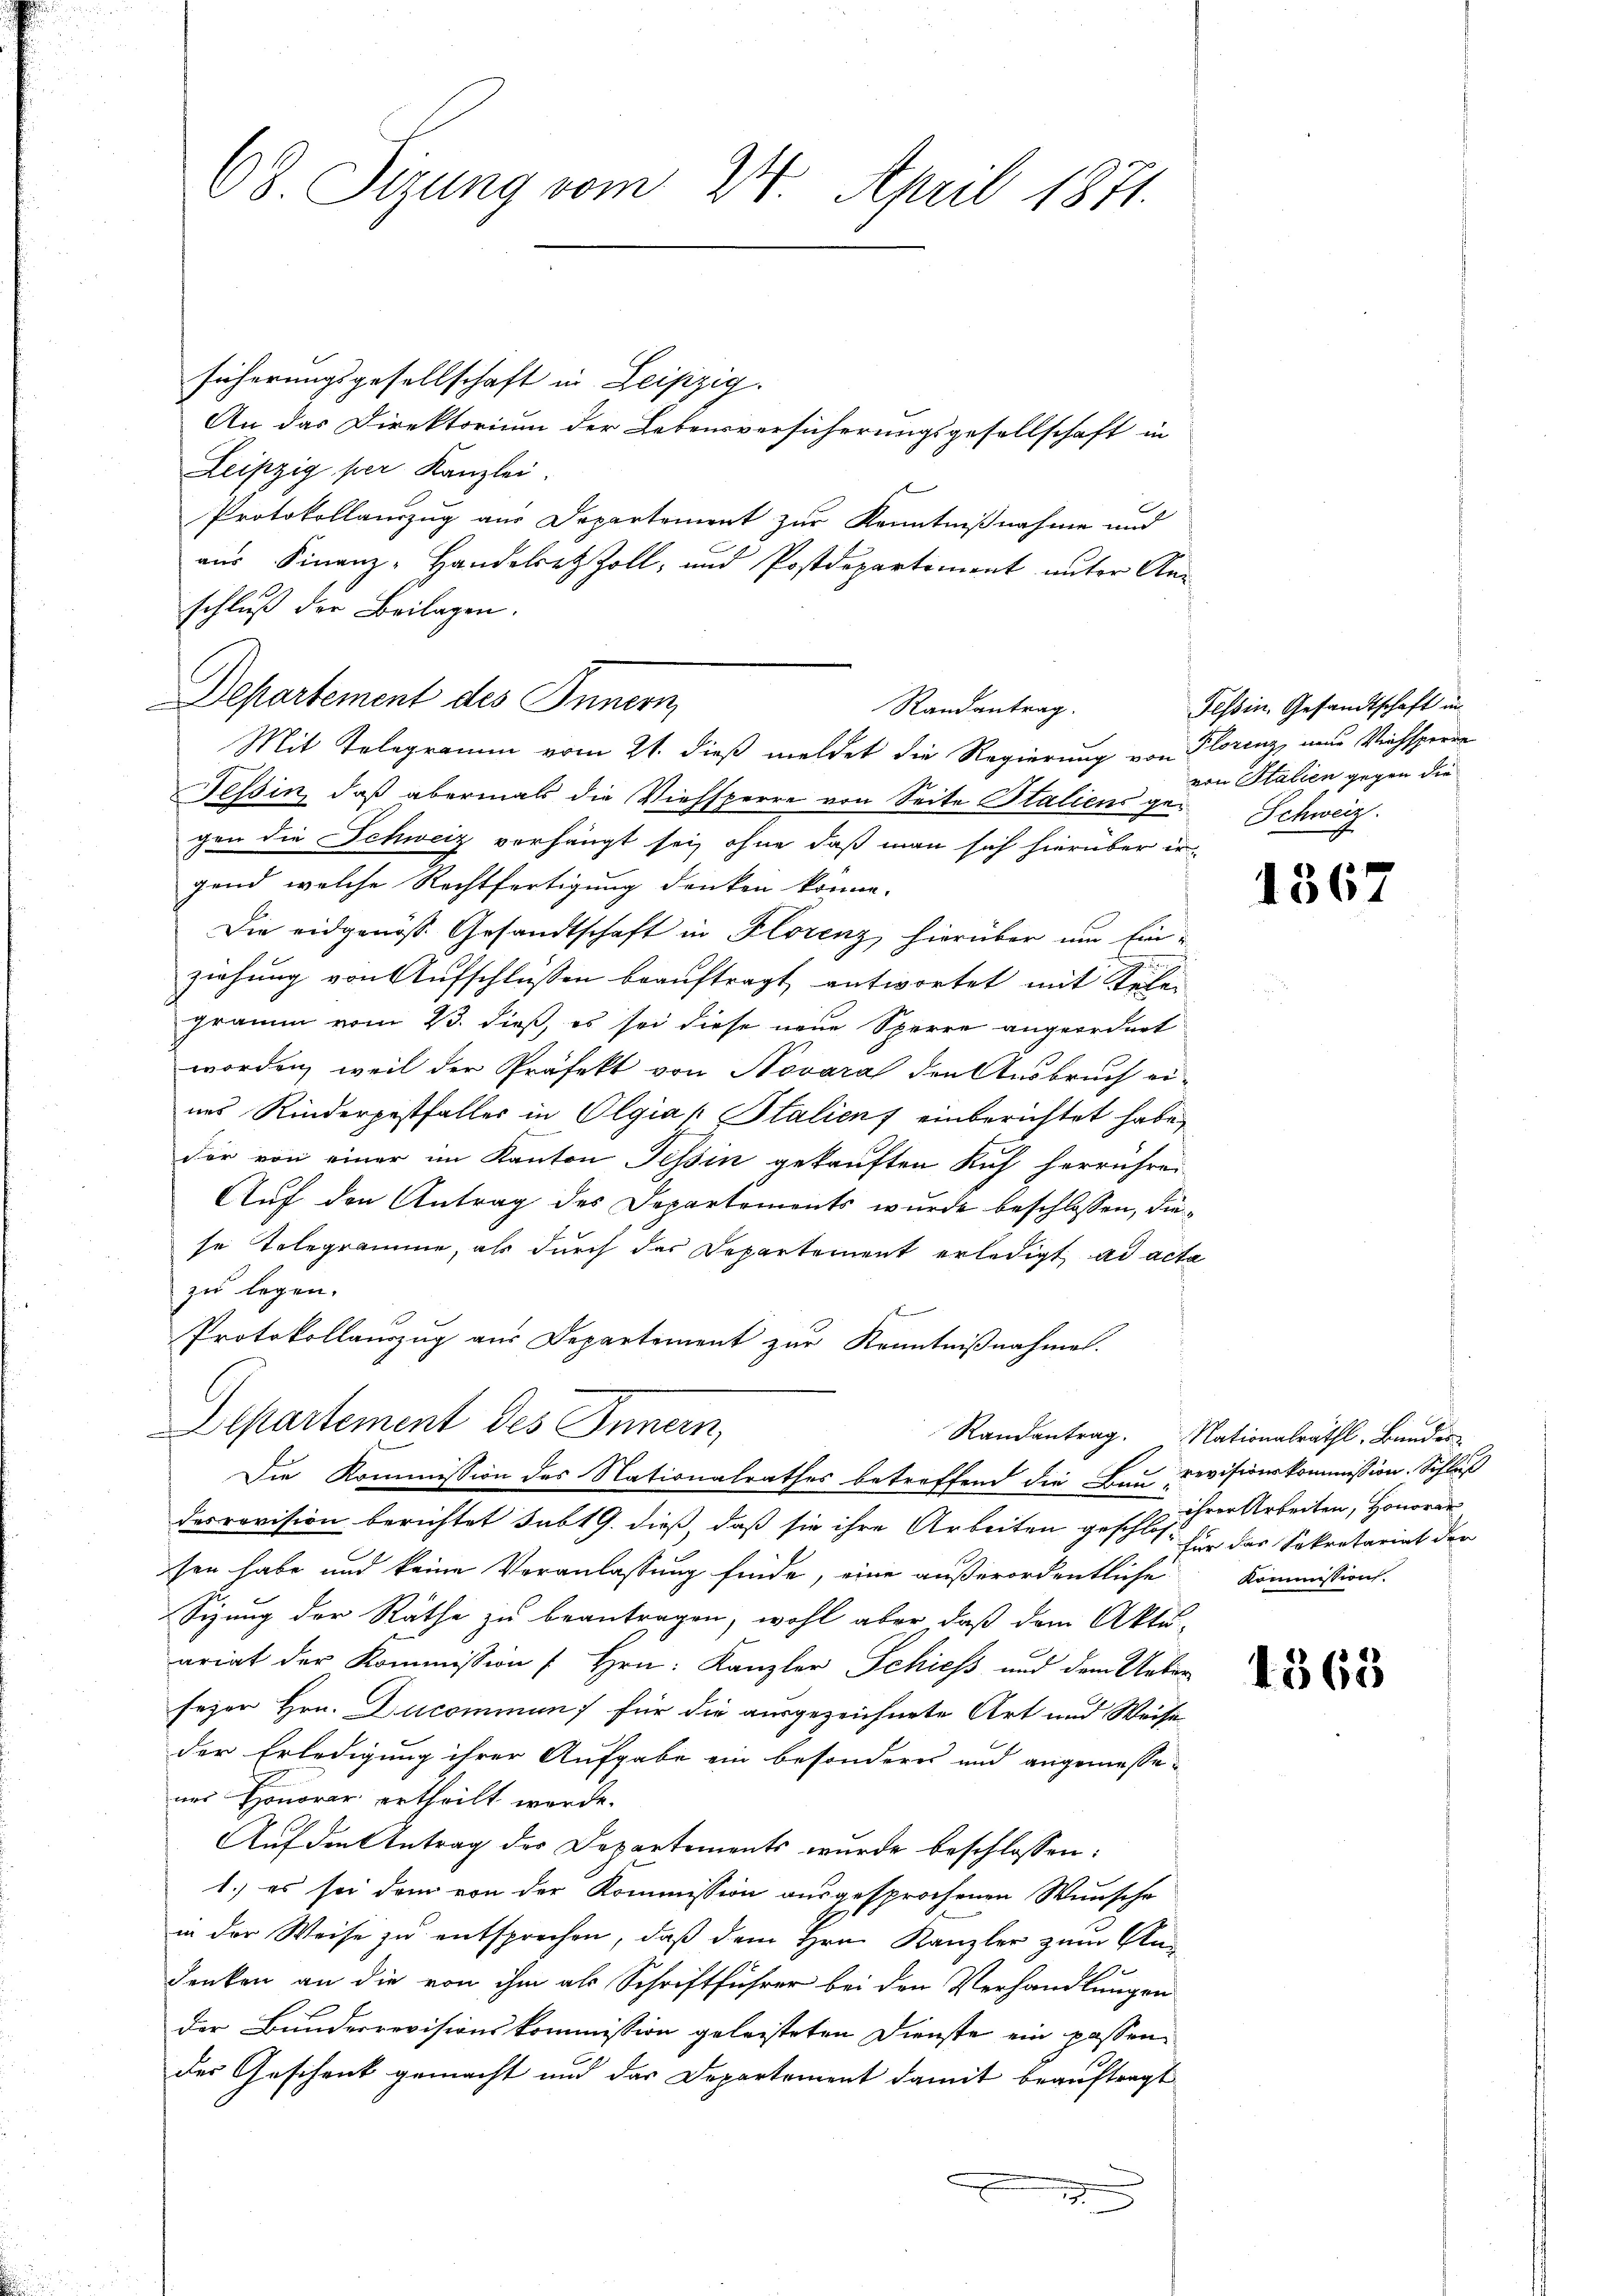
68 Sizung vom 24. April 1871.

sicherungsgesellschaft in Leipzig.
An das Direktorium der Lebensversicherungsgesellschaft in
Leipzig per Kanzlei.
Protokollauszug aus Departement zur Kenntnißnahme und
aus Finanz-Handelretzzoll, und Postdepartement unter An-
schluß der Beilagen.
Mit Telegramm vom 21. dieß meldet die Regierung von Florenz, neue Viehsperre
Tessin, daß abermals die Viehsperre von Seite Staliens ge- Schweiz.
gen die Schweiz verhängt sei, ohne daß man sich hierüber er-
gend welche Rechtfertigung denken könne.
Die eidgenöss Gesandtschaft in Florenz, hierüber um Einziehung von Aufschlüssen beauftragt antwortet mit e
gramm vom 23. dieß, es sei diese neue Sperre angeordnet
worden, weil der Präfekt von Novara den Ausbruch ei-
nes Rinderpestfaller in Olgias Italienf einberichtet habe,
dir von einer im Kanton Tessin gekauften Kuh herrühre.
Auf den Antrag des Departemonts wurde beschlossen, diese Telegramme, als durch das Departement erledigt ad acta
zu legen.
A
Protokollauszug aus Departement zur Kenntnißnahme.
Departement des Innern,
Die Kommission des Nationalrathes betreffend die Bau revisionskommission. Schluß
desrevision berichtet subt G. dieß, daß sie ihre Arbeiten geschloss für das Sekretariat der
sen habe und keine Veranlassung finde, eine außerordentliche
Sizung der Räthe zu beantragen, wohl aber, daß dem Aktu-
ariat der Kommission f Hrn. Kanzler Schiess und dem Ueber
sezen Hrn. Ducominum für die ausgezeichnete Art und Weise
der Erledigung ihrer Aufgabe ein besonderes und angemessenes Honorar ertheilt werde.
Auf den Antrag der Departements wurde beschlossen:
1.) es sei dem von der Kommission ausgesprochenen Wunsche
in der Weise zu entsprechen, daß dem Hrn. Kanzler zum An-
senken an die von ihm als Schriftführer bei den Verhandlungen
der Bundesrevisionskommission geleisteten Dienste ein passendes Geschenk gemacht und das Departement damit beauftragt

Departement des Innern,
Randantrag.

1

Tessin, Gesandtschaft in
von Stalien gegen die

1867

Randantrag. Nationalräthl. Bunder
ihrer Arbeiten, Honorar
Kommission.

4368